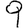
Digit: 9